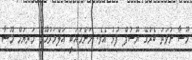
މޫސާ ނުވަތަ ބެރުގޭ ޔޫސުފް ފުޅު އެވެ. މަންމައަކީ އަލްމަރުޙޫމާ މަރިޔަމް މޫސާ